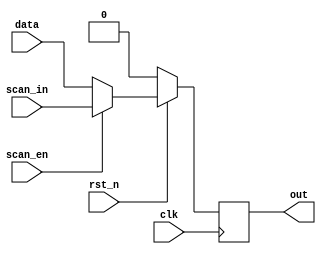
`timescale 1ns/1ps

module Scan_DFF(clk, rst_n, scan_in, scan_en, data, out);
    input clk;
    input rst_n;
    input scan_in;
    input scan_en;
    input data;
    output reg out;


    always @(posedge clk) begin
        if(!rst_n) begin
            out <= 1'b0;
        end
        else begin
            if(scan_en) begin
                out <= scan_in;
            end
            else begin
                out <= data;
            end
        end
    end
endmodule

module Scan_Chain_Design(clk, rst_n, scan_in, scan_en, scan_out);
    input clk;
    input rst_n;
    input scan_in;
    input scan_en;
    output scan_out;

    
    wire [3:0] a, b;
    wire [7:0] p;
    assign p = a * b;

    Scan_DFF dff1(clk, rst_n, b[1], scan_en, p[0], b[0]);
    Scan_DFF dff2(clk, rst_n, b[2], scan_en, p[1], b[1]);
    Scan_DFF dff3(clk, rst_n, b[3], scan_en, p[2], b[2]);
    Scan_DFF dff4(clk, rst_n, a[0], scan_en, p[3], b[3]);
    Scan_DFF dff5(clk, rst_n, a[1], scan_en, p[4], a[0]);
    Scan_DFF dff6(clk, rst_n, a[2], scan_en, p[5], a[1]);
    Scan_DFF dff7(clk, rst_n, a[3], scan_en, p[6], a[2]);
    Scan_DFF dff8(clk, rst_n, scan_in, scan_en, p[7], a[3]);
    
    assign scan_out = b[0];

endmodule

module Many_To_One_LFSR(clk, rst_n, out);
    input clk;
    input rst_n;
    output out;
    reg [8-1:0] DFF;
    wire [8-1:0] next_DFF;
    always @(posedge clk) begin
        if(!rst_n) begin
            DFF <= 8'b10111101;
        end
        else begin
            DFF <= next_DFF;
        end
    end
    assign next_DFF = {DFF[6:0] , (DFF[7] ^ DFF[3]) ^ (DFF[1] ^ DFF[2])};
    assign out = DFF[7];
endmodule

module Built_In_Self_Test(clk, rst_n, scan_en, scan_in, scan_out);
    input clk;
    input rst_n;
    input scan_en;
    output scan_in;
    output scan_out;

    Many_To_One_LFSR MTOL(clk, rst_n, scan_in);
    Scan_Chain_Design SCD(clk, rst_n, scan_in, scan_en, scan_out);

endmodule